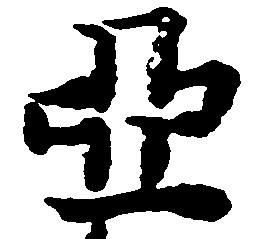
亞